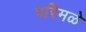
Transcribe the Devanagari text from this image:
परिमळे